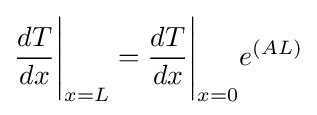
{\frac {dT}{dx}}{\Bigg |}_{x=L}={\frac {dT}{dx}}{\Bigg |}_{x=0}e^{\left(AL\right)}